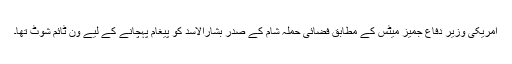
امریکی وزیر دفاع جمیز میٹس کے مطابق فضائی حملہ شام کے صدر بشارالاسد کو پیغام پہچانے کے لیے ون ٹائم شوٹ تھا۔